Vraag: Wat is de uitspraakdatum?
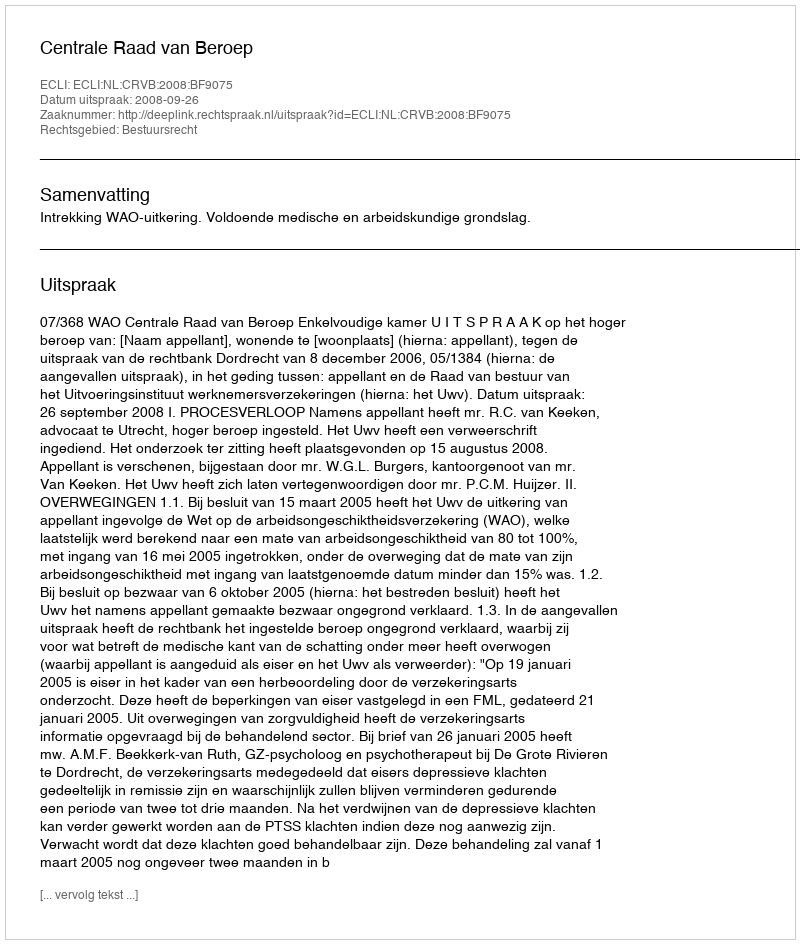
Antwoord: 2008-09-26